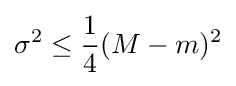
\sigma ^{2}\leq {\frac {1}{4}}(M-m)^{2}